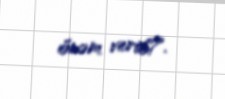
önəm verib?.